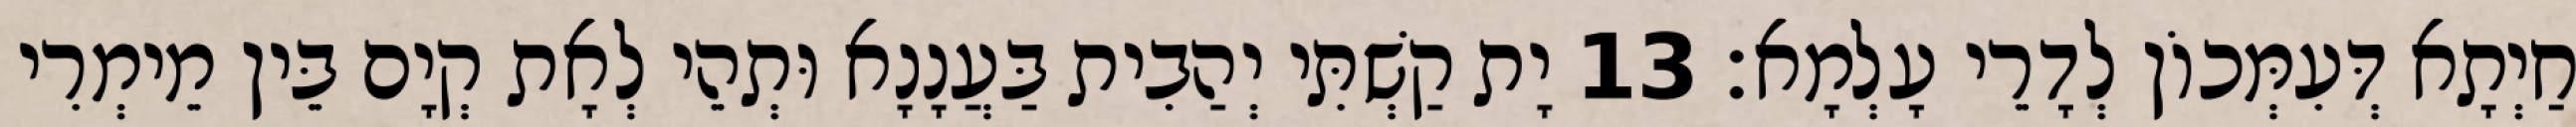
חַיְתָא דְּעִמְּכוֹן לְדָרֵי עָלְמָא׃ 13 יָת קַשְׁתִּי יְהַבִית בַּעֲנָנָא וּתְהֵי לְאָת קְיָם בֵּין מֵימְרִי